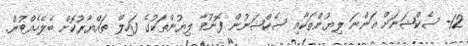
12- ސެކްޝަނަށް އަންނަ ލިޔުންތަކާއި ސެކްޝަނުން ފޮނުވާ ލިޔުންތަކުގެ ފައިލް ތައްޔާރުކޮށް ބެލެހެއްޓުން.